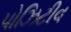
પોઝિટીવ